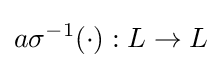
a\sigma ^{-1}(\cdot ):L\to L